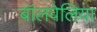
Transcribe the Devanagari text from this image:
बॉलवेलिया